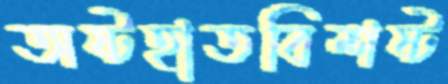
অষ্টহাতবিশষ্ট